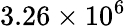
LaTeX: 3.26\times 10^{6}